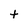
Character: t